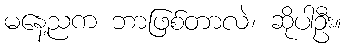
မနေ့ညက ဘာဖြစ်တာလဲ၊ ဆိုပါဦး။